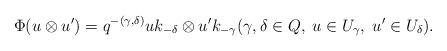
LaTeX: \begin{align*}\Phi(u\otimes u')=q^{-(\gamma,\delta)}uk_{-\delta}\otimes u'k_{-\gamma}(\gamma, \delta\in Q,\; u\in U_{\gamma}, \; u'\in U_{\delta}).\end{align*}